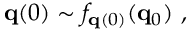
{ \bf q } ( 0 ) \sim f _ { { \bf q } ( 0 ) } ( { \bf q } _ { 0 } ) \mathrm { ~ , ~ }